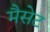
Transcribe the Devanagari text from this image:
मैसेट